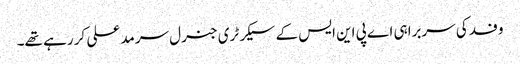
وفد کی سربراہی اے پی این ایس کے سیکرٹری جنرل سرمد علی کر رہے تھے۔